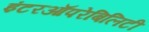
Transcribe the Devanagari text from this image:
इंटरऑपरेबिलिटी